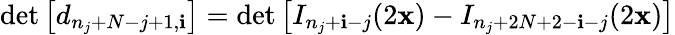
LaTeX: \operatorname*{det}\left[d_{n_{j}+N-j+1,\mathbf{i}}\right]=\operatorname*{det}\left[I_{n_{j}+\mathbf{i}-j}(2\mathbf{x})-I_{n_{j}+2N+2-\mathbf{i}-j}(2\mathbf{x})\right]